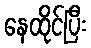
နေထိုင်ပြီး